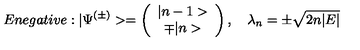
E n e g a t i v e : | \Psi ^ { ( \pm ) } > = \left( \begin{array} { c c } { | n - 1 > } \\ { \mp | n > } \\ \end{array} \right) , \quad \lambda _ { n } = \pm \sqrt { 2 n | E | }